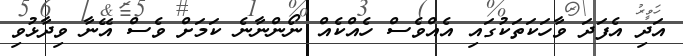
އަދި އެފަދަ ވާހަކަތަކުގައި އެއްވެސް ހެއްކެއް ނޯންނާނެ ކަމަށް ވެސް އޭނާ ވިދާޅުވި